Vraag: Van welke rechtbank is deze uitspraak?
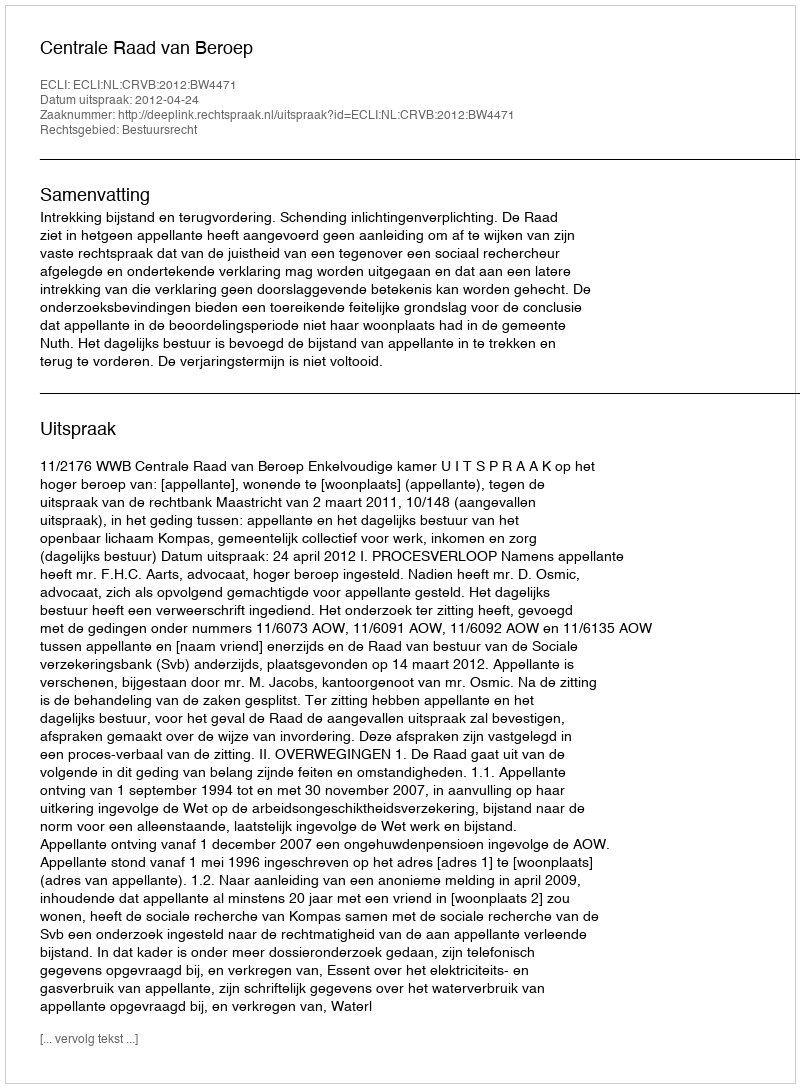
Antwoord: Centrale Raad van Beroep